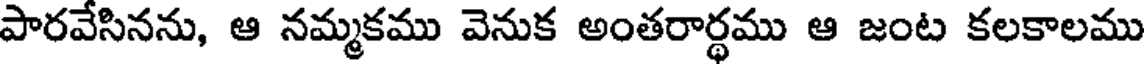
పారవేసినను, ఆ నమ్మకము వెనుక అంతరార్థము ఆ జంట కలకాలము